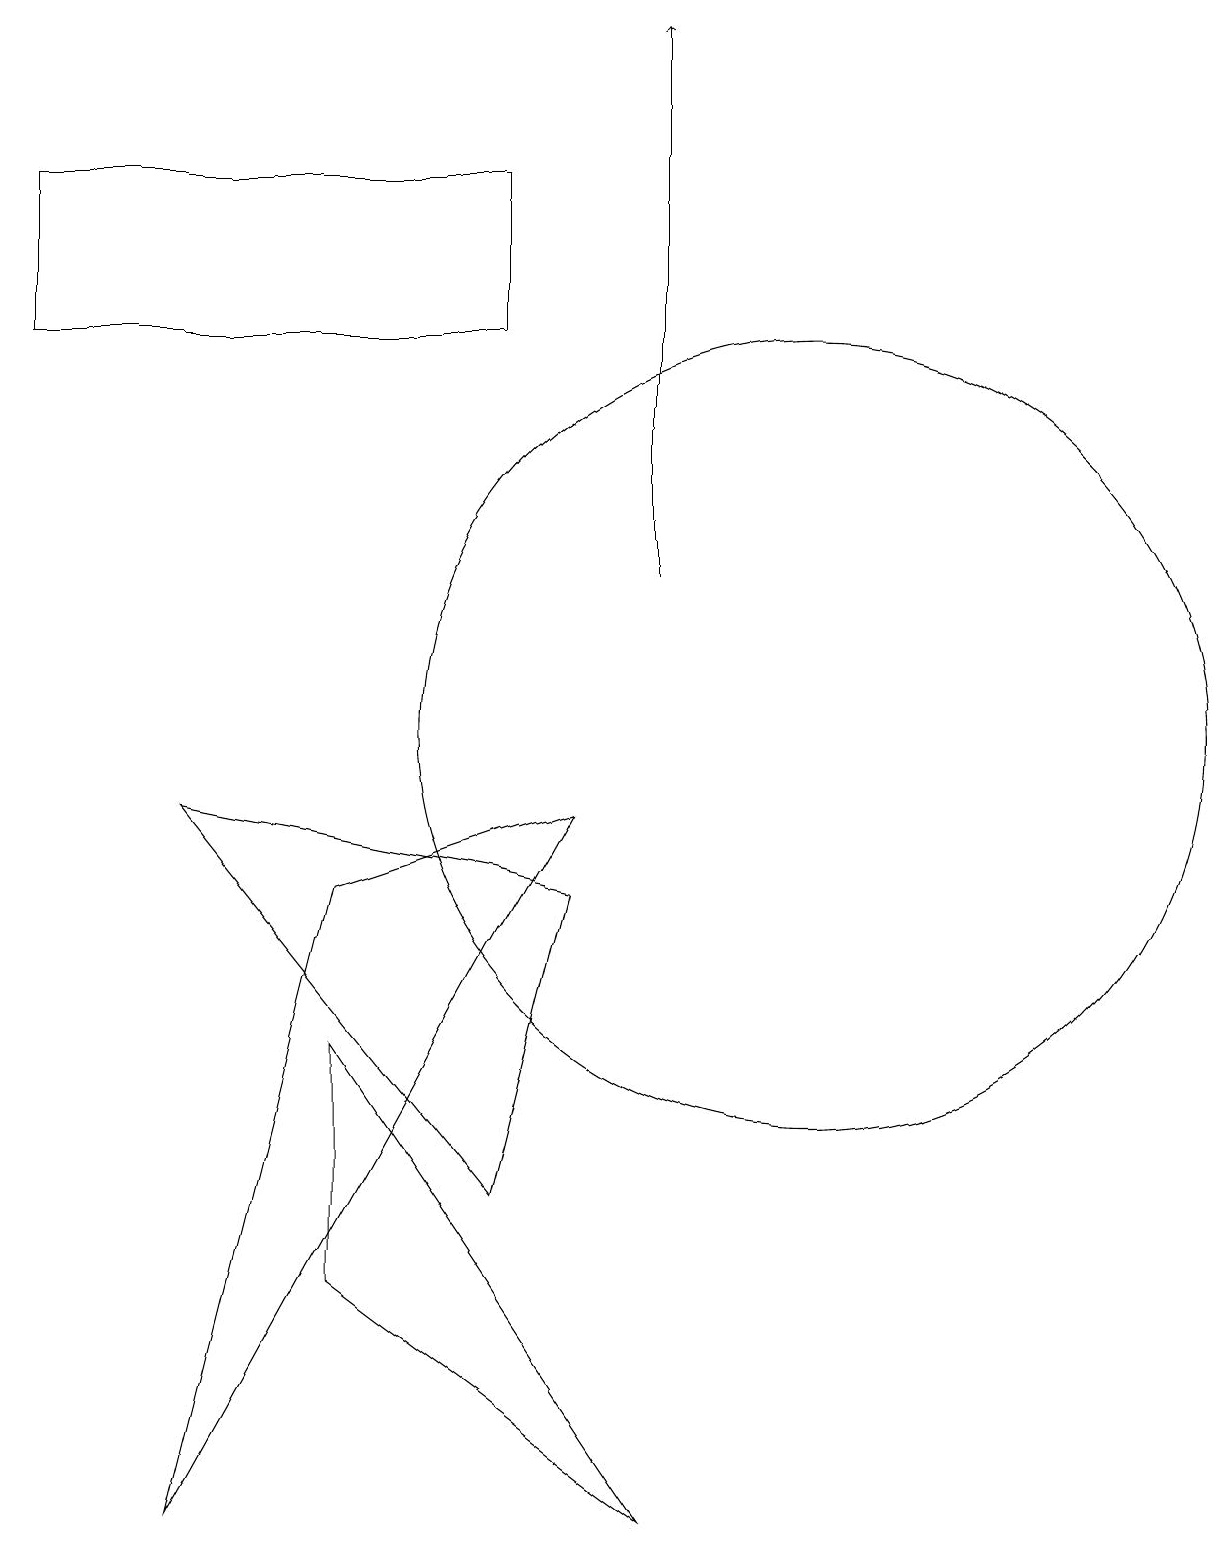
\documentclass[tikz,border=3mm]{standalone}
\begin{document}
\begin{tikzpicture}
\draw (7,17) rectangle (1,15);
\draw (5,3) -- (5,6) -- (9,0) -- cycle;
\draw (5,8) -- (3,0) -- (8,9) -- cycle;
\draw[->] (9,12) -- (9,19);
\draw (7,4) -- (8,8) -- (3,9) -- cycle;
\draw (11,10) circle (5);
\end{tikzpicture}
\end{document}